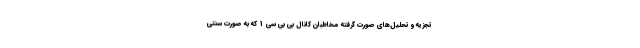
تجزیه و تحلیل‌های صورت گرفته مخاطبان کانال بی بی سی 1 که به صورت سنتی